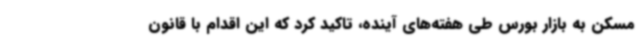
مسکن به بازار بورس طی هفته‌های آینده، تاکید کرد که این اقدام با قانون